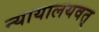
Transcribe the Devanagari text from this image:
न्यायालयवत्